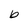
Character: b